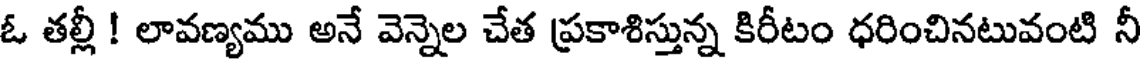
ఓ తల్లీ ! లావణ్యము అనే వెన్నెల చేత ప్రకాశిస్తున్న కిరీటం ధరించినటువంటి నీ